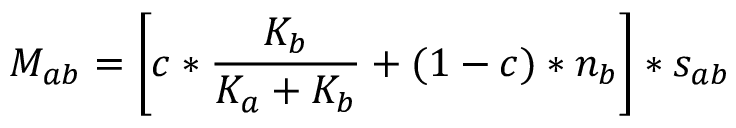
M _ { a b } = \left[ c * \frac { K _ { b } } { K _ { a } + K _ { b } } + ( 1 - c ) * n _ { b } \right] * s _ { a b }